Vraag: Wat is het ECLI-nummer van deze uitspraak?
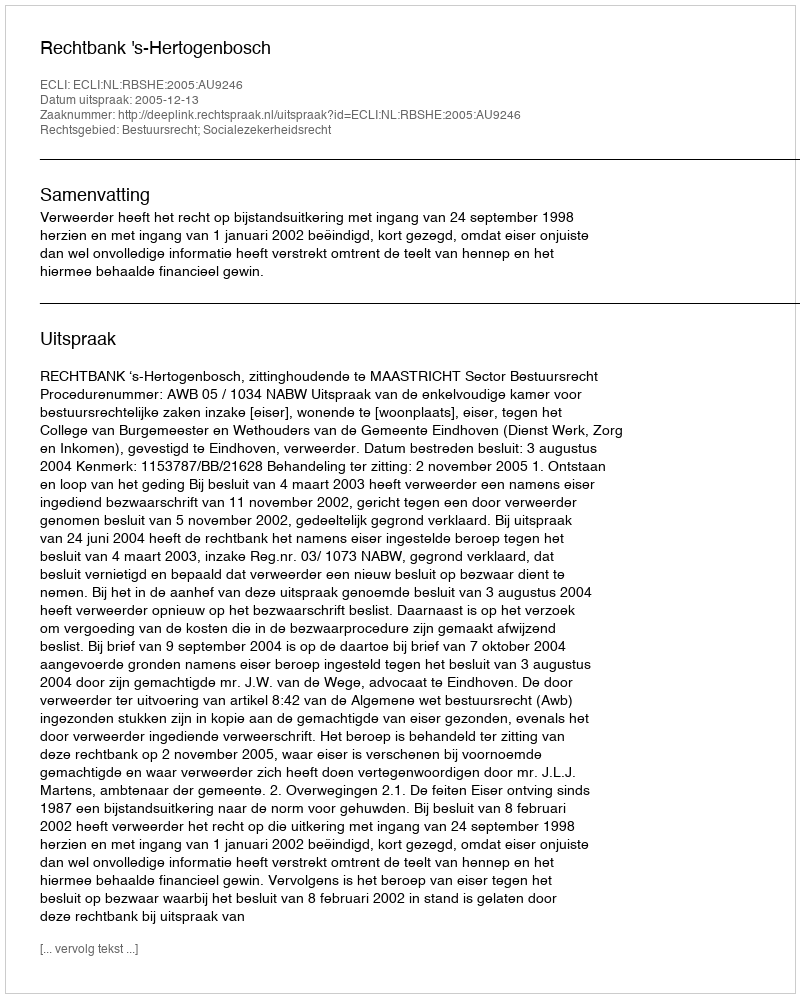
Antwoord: ECLI:NL:RBSHE:2005:AU9246